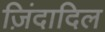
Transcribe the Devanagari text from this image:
ज़िंदादिल